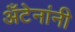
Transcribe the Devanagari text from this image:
अँटेनांनी